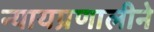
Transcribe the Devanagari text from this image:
न्यायप्रणालीने